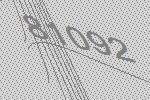
81092